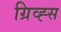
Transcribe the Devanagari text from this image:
ग्रिव्ह्स